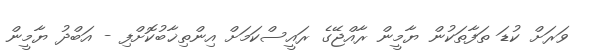
ވަރަށް ކުޑަ ތަފާތަކުން ޔާމީން ރާއްޖޭގެ ރައީސްކަމަށް އިންތިޚާބުކޮށްފި - އަބްދު ޔާމީން